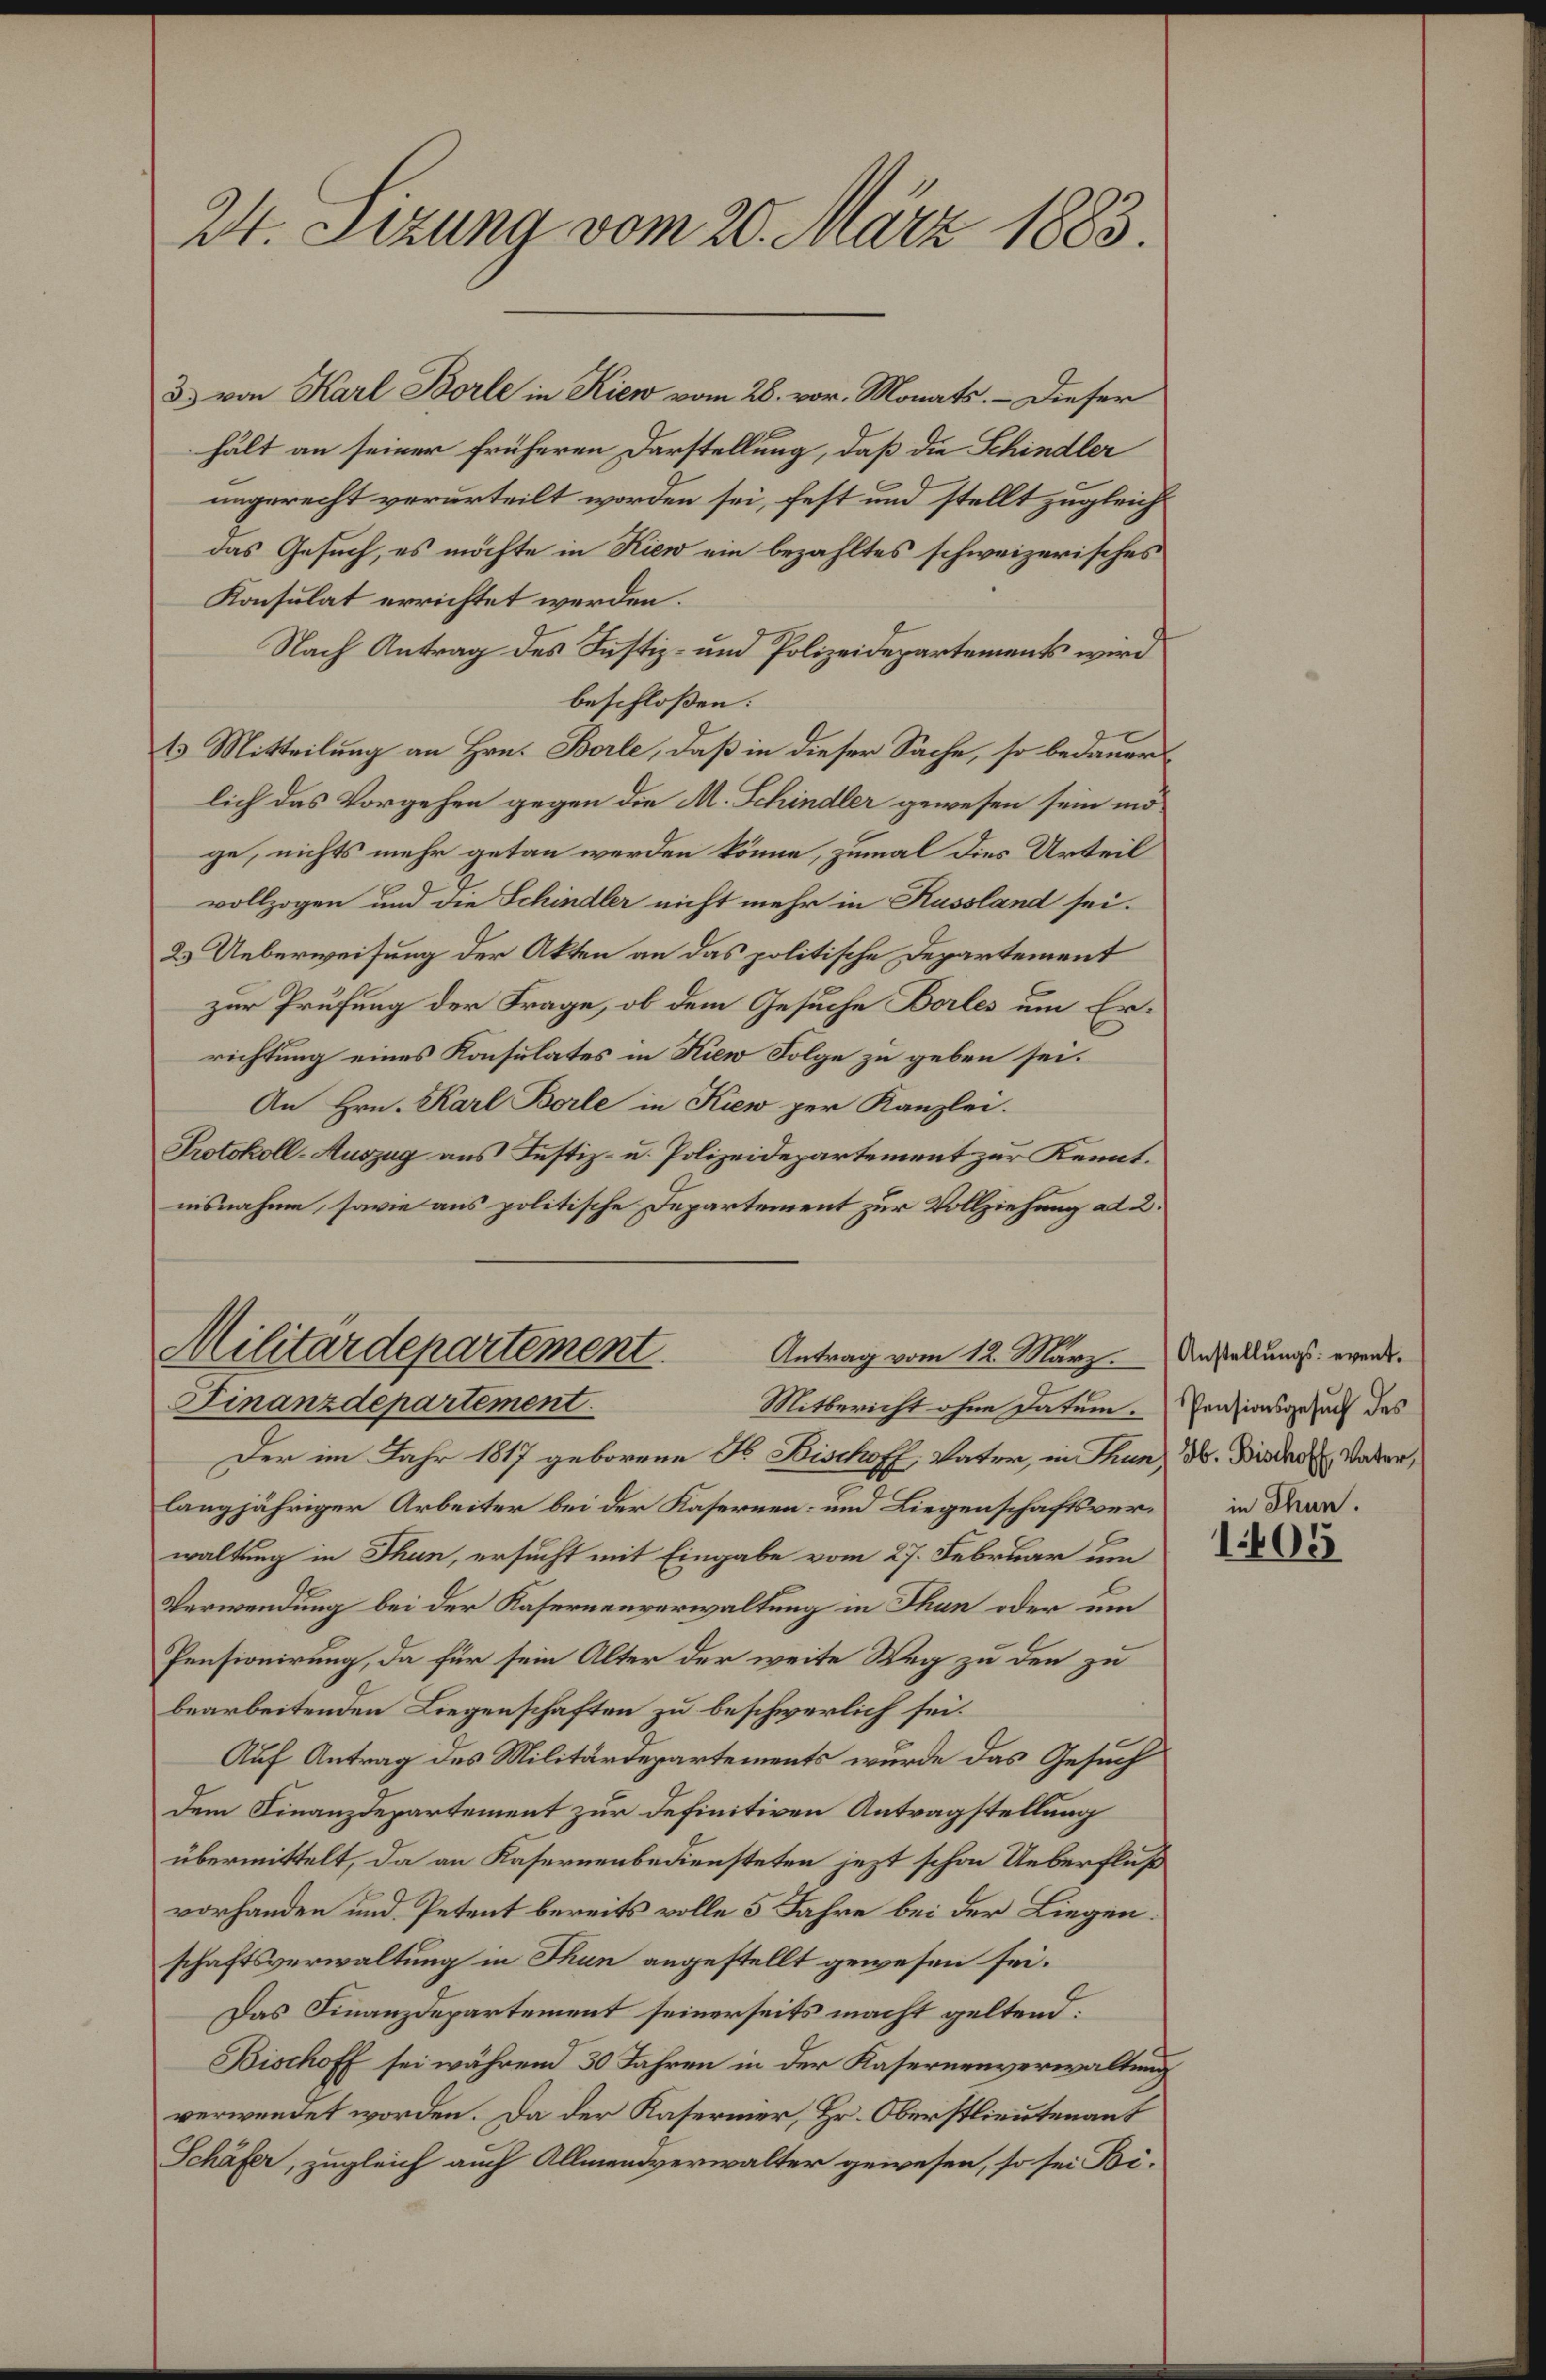
24. Sizung vom 20. März 1883.

hält an seiner früheren Darstellung, daß die Schindler
ungerecht verurteilt worden sei, fest und stellt zugleichdas Gesuch, es möchte in Kien ein bezahltes schweizerisches
Konsulat errichtet werden.
Nach Antrag des Justiz- und Polizeidepartements wird
beschloßen:
13. Mitteilung an Hrn. Borle, daß in dieser Sache, so bedauers
lich das Vorgehen gegen die M. Schindler gewesen sein mö
ge, nichts mehr getan werden könne, zumal dies Urteil
vollzogen und die Schindler nicht mehr in Kussland sei.
2. Ueberweisung der Akten an das politische Departement
zur Prüfung der Frage, ob dem Gesuche Borles um Errichtung eines Konsulates in Kien Folge zu geben sei.
An Hrn. Karl Borle in Kiew per Kanzlei.
Protokoll-Auszug aus Justiz- u. Polizeidepartement zur Kennt.
nisnahme, sowie aus politische Departement zur Vollziehung ad 2.

3) von Karl Borle in Kiew vom 28. vor. Monats. – Dieser

Militärdepartement. Antrag vom 12. März. Anstallungs werde.
Finanzdepartement.

Mitbericht ohne Patem. Pensionsgesuch des
Der im Jahr 1817 geborene F. Bischoff, Vater, in Thunz d. Dieder Vater,
langjähriger Arbeiter bei der Kasernen- und Liegenschaftsverwaltung in Thun, ersucht mit Eingabe vom 27. Februar um
Verwendung bei der Kasernenverwaltung in Thun oder um
Pensionirung, da für sein Alter der weite Weg zu den zu
bearbeitenden Liegenschaften zu beschwerlich sei.
Auf Antrag des Militärdepartements wurde das Gesuch
Dem Finanzdepartement zur Definitiven Antragstellung
übermittelt, da an Kasernenbediensteten jezt schon Ueberfluß
vorhanden und Petent bereits volle 5 Jahre bei der Liegen.
schaftsverwaltung in Thun angestellt gewesen sei.
Das Finanzdepartement seinerseits macht geltend:
Bischoff sei während 30 Jahren in der Kasernenverwaltung
verwendet worden. Da der Kaserner, Hr. Oberstlieutenant
Schäfer, zugleich auch Allmensverwalter gewesen, so sei Bi-

in Thun.
1405